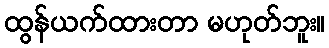
ထွန်ယက်ထားတာ မဟုတ်ဘူး။